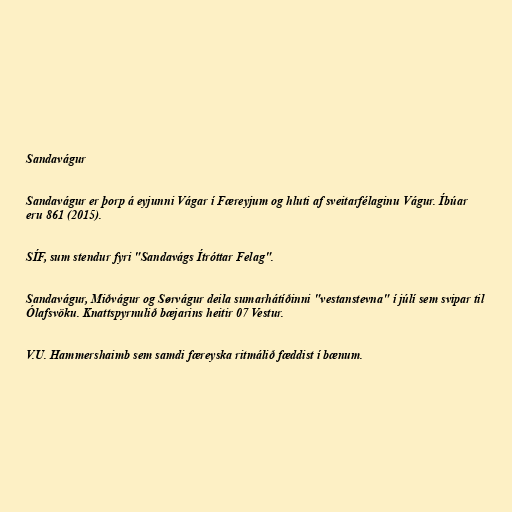
Sandavágur

Sandavágur er þorp á eyjunni Vágar í Færeyjum og hluti af sveitarfélaginu Vágur. Íbúar
eru 861 (2015).

SÍF, sum stendur fyri "Sandavágs Ítróttar Felag".

Sandavágur, Miðvágur og Sørvágur deila sumarhátíðinni "vestanstevna" í júlí sem svipar til
Ólafsvöku. Knattspyrnulið bæjarins heitir 07 Vestur.

V.U. Hammershaimb sem samdi færeyska ritmálið fæddist í bænum.